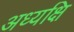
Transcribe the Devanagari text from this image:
अध्यक्षि